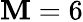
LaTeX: \mathbf{M}=6